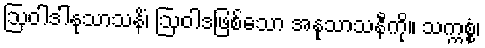
ဩဝါဒါနုသာသနိံ၊ ဩဝါဒဖြစ်သော အနုသာသနီကို။ သက္ကစ္စံ၊